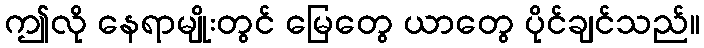
ဤလို နေရာမျိုးတွင် မြေတွေ ယာတွေ ပိုင်ချင်သည်။